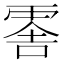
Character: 𠺞